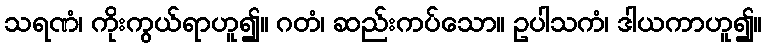
သရဏံ၊ ကိုးကွယ်ရာဟူ၍။ ဂတံ၊ ဆည်းကပ်သော။ ဥပါသကံ၊ ဒါယကာဟူ၍။